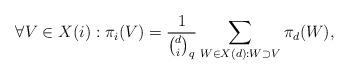
LaTeX: \begin{align*}\forall V \in X(i): \pi_i(V) = \frac{1}{{d \choose i}_q}\sum\limits_{W \in X(d): W \supset V} \pi_d(W),\end{align*}